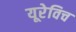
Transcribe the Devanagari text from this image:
यूरेविच